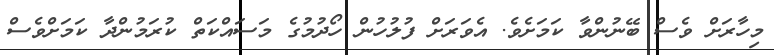
މިހާރަށް ވެސް ބޭނުންވާ ކަމަށެވެ. އެވަރަށް ފުލުހުން ހޯދުމުގެ މަސައްކަތް ކުރަމުންދާ ކަމަށްވެސް